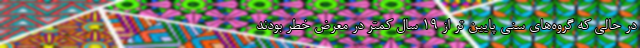
در حالی که گروه‌های سنی پایین تر از ۱۹ سال کمتر در معرض خطر بودند